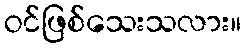
ဝင်ဖြစ်သေးသလား။